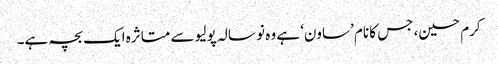
کرم حسین، جس کا نام ’ساون‘ ہے وہ نو سالہ پولیو سے متاثرہ ایک بچہ ہے۔